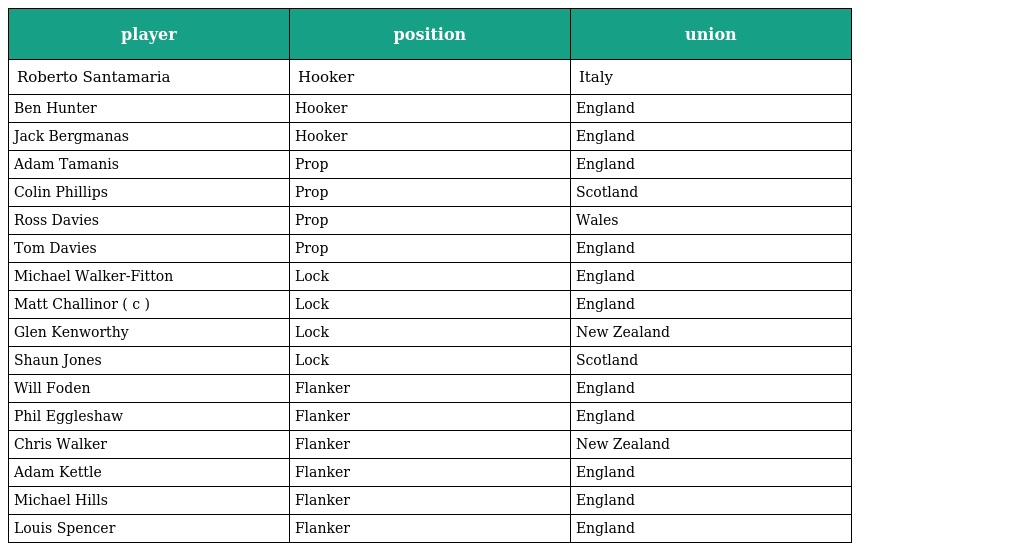
| player | position | union |
 | --- | --- | --- |
 | Roberto Santamaria | Hooker | Italy |
 | Ben Hunter | Hooker | England |
 | Jack Bergmanas | Hooker | England |
 | Adam Tamanis | Prop | England |
 | Colin Phillips | Prop | Scotland |
 | Ross Davies | Prop | Wales |
 | Tom Davies | Prop | England |
 | Michael Walker-Fitton | Lock | England |
 | Matt Challinor ( c ) | Lock | England |
 | Glen Kenworthy | Lock | New Zealand |
 | Shaun Jones | Lock | Scotland |
 | Will Foden | Flanker | England |
 | Phil Eggleshaw | Flanker | England |
 | Chris Walker | Flanker | New Zealand |
 | Adam Kettle | Flanker | England |
 | Michael Hills | Flanker | England |
 | Louis Spencer | Flanker | England |